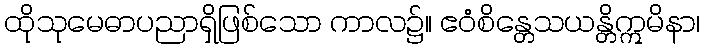
ထိုသုမေဓာပညာရှိဖြစ်သော ကာလ၌။ ဧဝံစိန္တေသယန္တိဣမိနာ၊